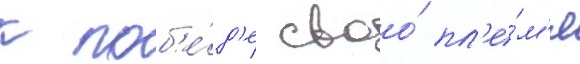
к поб'е́д'е своо́ пл'е́м'я